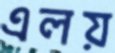
এলয়